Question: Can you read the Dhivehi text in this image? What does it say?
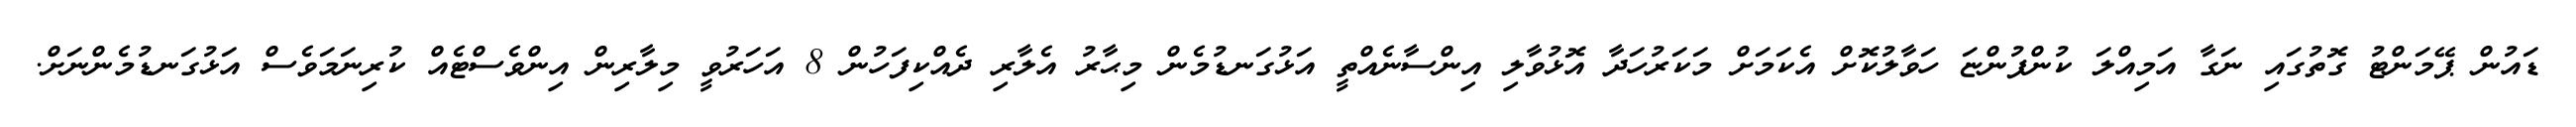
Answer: ޑައުން ޕޭމަންޓު ގޮތުގައި ނަގާ އަމިއްލަ ކުންފުންޏަ ހަވާލުކޮށް އެކަމަށް މަކަރުހަދާ އޮޅުވާލި އިންސާނެއްތީ އަޅުގަނޑުމެން މިޙާރު އެލާރި ދެއްކިފަހުން 8 އަހަރުވީ މިލާރިން އިންވެސްޓެއް ކުރިނަމަވެސް އަޅުގަނޑުމެންނަށް.